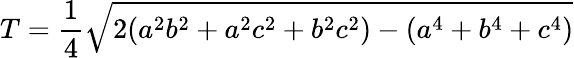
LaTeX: T={\frac{1}{4}}{\sqrt{2(a^{2}b^{2}+a^{2}c^{2}+b^{2}c^{2})-(a^{4}+b^{4}+c^{4})}}